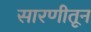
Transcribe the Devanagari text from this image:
सारणीतून